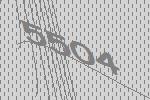
5504